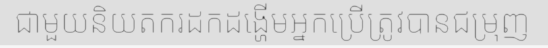
ជាមួយនិយតករដកដង្ហើមអ្នកប្រើត្រូវបានជម្រុញ